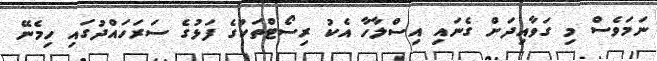
ނަމަވެސް މި ގަވާއިދަށް ގެނައި އިސްލާހާ އެކު ރިސޯޓްތަކުގެ ފަޅުގެ ސަރަހައްދުގައި ހިމެނޭ